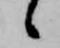
候